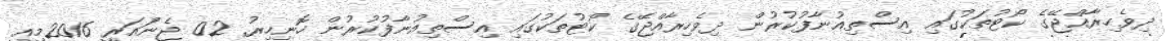
ދިވެހިރާއްޖޭގެ ކޯޓުތަކުގައި އިސްތިއުނާފުކުރުން ދިވެހިރާއްޖޭގެ ކޯޓުތަކުގައި އިސްތިއުނާފުކުރުން ހޮނިހިރު